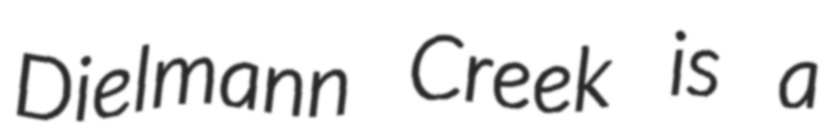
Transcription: Dielmann Creek is a